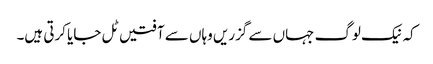
کہ نیک لوگ جہاں سے گزریں وہاں سے آفتیں ٹل جایا کرتی ہیں۔